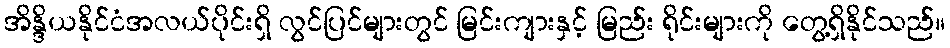
အိန္ဒိယနိုင်ငံအလယ်ပိုင်းရှိ လွင်ပြင်များတွင် မြင်းကျားနှင့် မြည်း ရိုင်းများကို တွေ့ရှိနိုင်သည်။